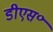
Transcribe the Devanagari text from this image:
डीएस॰